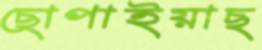
ছোপাইয়াছ